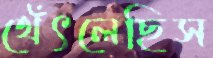
থেঁৎলেছিস